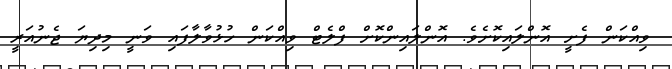
ވިއްކަން ފެށީ އޮންލައިކޮށެވެ. އޮންލައިންކޮށް ފްލެޓް ވިއްކަން ހުޅުވާލާފައި ވަނީ މިދިޔަ ޖެނުއަރީ